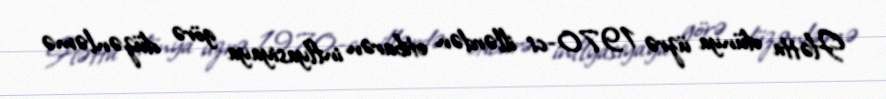
Hətta dünya üzrə 1970-ci illərdən etibarən inflyasiyaya görə düzənləmə